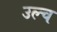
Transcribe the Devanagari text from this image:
उल्च